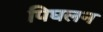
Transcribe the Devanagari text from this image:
पिघलन